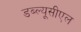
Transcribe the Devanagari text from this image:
डब्ल्यूसीएल